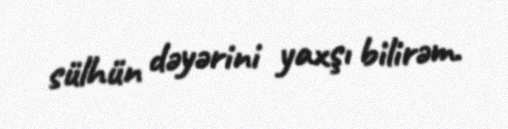
sülhün dəyərini yaxşı bilirəm.